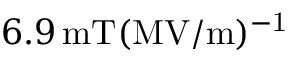
6 . 9 \, \mathrm { m T ( M V / m ) ^ { - 1 } }